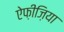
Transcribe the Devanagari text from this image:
ऐफ़ीज़िया